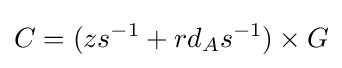
C=(zs^{-1}+rd_{A}s^{-1})\times G